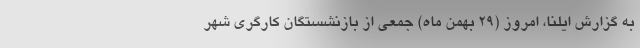
به گزارش ایلنا، امروز (۲۹ بهمن ماه) جمعی از بازنشستگان کارگری شهر